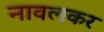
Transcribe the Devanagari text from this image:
नावलकर